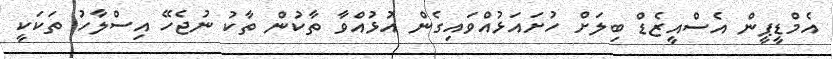
އެމްޑީޕީން އެސްއީޒެޑް ބިލަށް ހުށައަަޅުއްވައިގެން އުޅުއްވާ ތާކުން ތާކު ނުޖެހޭ އިސްލާހު ތަކަކީ